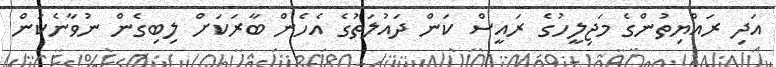
އަދި ރައްޔިތުންގެ މަޖިލީހުގެ ރައީސް ކަން ދައުލަތުގެ އެހެން ބާރަކަށް ލިބިގެން ނުވާނެކަން